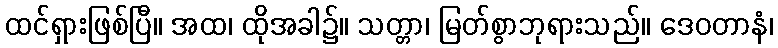
ထင်ရှားဖြစ်ပြီ။ အထ၊ ထိုအခါ၌။ သတ္တာ၊ မြတ်စွာဘုရားသည်။ ဒေဝတာနံ၊